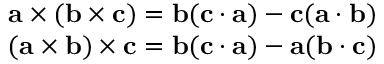
{ \begin{array} { r } { \mathbf { a } \times ( \mathbf { b } \times \mathbf { c } ) = \mathbf { b } ( \mathbf { c } \cdot \mathbf { a } ) - \mathbf { c } ( \mathbf { a } \cdot \mathbf { b } ) } \\ { ( \mathbf { a } \times \mathbf { b } ) \times \mathbf { c } = \mathbf { b } ( \mathbf { c } \cdot \mathbf { a } ) - \mathbf { a } ( \mathbf { b } \cdot \mathbf { c } ) } \end{array} }